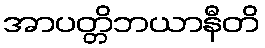
အာပတ္တိဘယာနီတိ